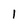
Character: 1